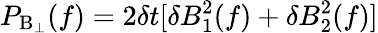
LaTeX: P_{\mathrm{B_{\perp}}}(f)=2\delta t[\delta B_{1}^{2}(f)+\delta B_{2}^{2}(f)]